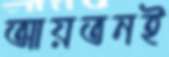
আয়তনই